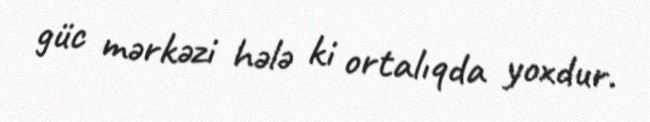
güc mərkəzi hələ ki ortalıqda yoxdur.